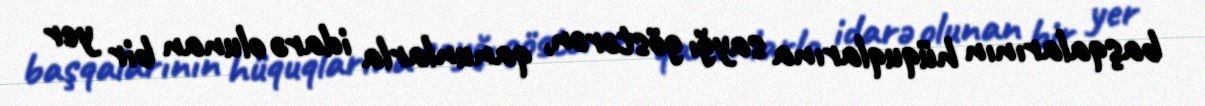
başqalarının hüquqlarına sayğı göstərən, qanunlarla idarə olunan bir yer